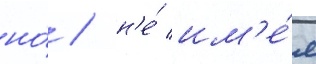
но́ / н'е́ им'е́я